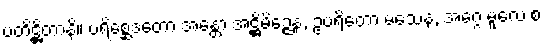
ပတိဋ္ဌိတာနိ။ ပရိစ္ဆေဒတော အန္တော အဋ္ဌိမိဉ္ဇေန, ဥပရိတော မံသေန, အဂ္ဂေ မူလေ စ